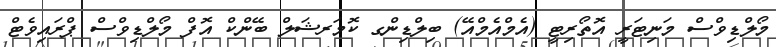
މޯލްޑިވްސް މަނިޓަރީ އޮތޯރިޓީ (އެމްއެމްއޭ) ބިލްޑިންގ ކޮމަރޝަލް ބޭންކް އޮފް މޯލްޑިވްސް ޕްރައިވެޓް